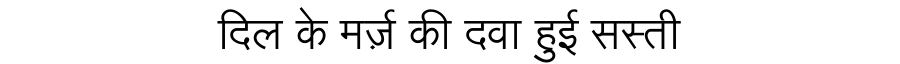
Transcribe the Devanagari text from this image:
दिल के मर्ज़ की दवा हुई सस्ती